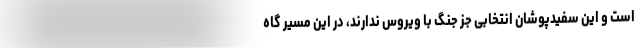
است و این سفیدپوشان انتخابی جز جنگ با ویروس ندارند، در این مسیر گاه